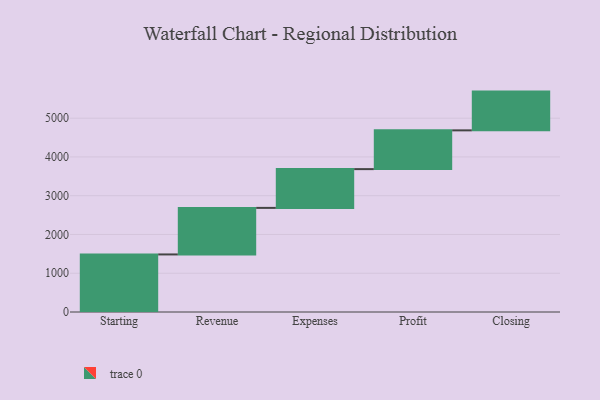
{"axis": {"x": "Step", "y": "Value"}, "legend": [""], "data": [{"x": "Starting", "y": 1485.0, "type": ""}, {"x": "Revenue", "y": 1201.0, "type": ""}, {"x": "Expenses", "y": 1000, "type": ""}, {"x": "Profit", "y": 1000, "type": ""}, {"x": "Closing", "y": 1000, "type": ""}]}